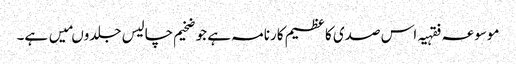
موسوعہ فقہیہ اس صدی کا عظیم کارنامہ ہے جو ضخیم چالیس جلدوںمیں ہے۔